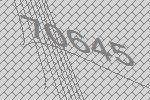
70645